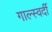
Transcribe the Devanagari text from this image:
गाल्स्वर्दी